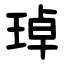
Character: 琸